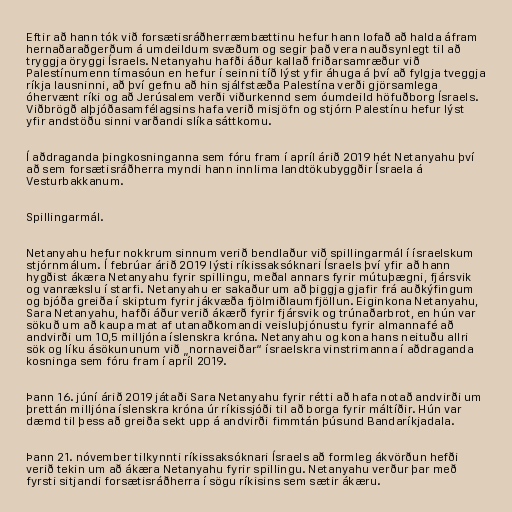
Eftir að hann tók við forsætisráðherræmbættinu hefur hann lofað að halda áfram
hernaðaraðgerðum á umdeildum svæðum og segir það vera nauðsynlegt til að
tryggja öryggi Ísraels. Netanyahu hafði áður kallað friðarsamræður við
Palestínumenn tímasóun en hefur í seinni tíð lýst yfir áhuga á því að fylgja tveggja
ríkja lausninni, að því gefnu að hin sjálfstæða Palestína verði gjörsamlega
óhervænt ríki og að Jerúsalem verði viðurkennd sem óumdeild höfuðborg Ísraels.
Viðbrögð alþjóðasamfélagsins hafa verið misjöfn og stjórn Palestínu hefur lýst
yfir andstöðu sinni varðandi slíka sáttkomu.

Í aðdraganda þingkosninganna sem fóru fram í apríl árið 2019 hét Netanyahu því
að sem forsætisráðherra myndi hann innlima landtökubyggðir Ísraela á
Vesturbakkanum.

Spillingarmál.

Netanyahu hefur nokkrum sinnum verið bendlaður við spillingarmál í ísraelskum
stjórnmálum. Í febrúar árið 2019 lýsti ríkissaksóknari Ísraels því yfir að hann
hygðist ákæra Netanyahu fyrir spillingu, meðal annars fyrir mútu­þægni, fjár­svik
og van­rækslu í starfi. Netanyahu er sakaður um að þiggja gjafir frá auðkýfingum
og bjóða greiða í skiptum fyrir jákvæða fjölmiðlaumfjöllun. Eiginkona Netanyahu,
Sara Netanyahu, hafði áður verið ákærð fyrir fjár­svik og trúnaðar­brot, en hún var
sökuð um að kaupa mat af ut­anaðkom­andi veisluþjón­ustu fyrir almannafé að
andvirði um 10,5 milljóna íslenskra króna. Netanyahu og kona hans neituðu allri
sök og líku ásökununum við „nornaveiðar“ ísraelskra vinstrimanna í aðdraganda
kosninga sem fóru fram í apríl 2019.

Þann 16. júní árið 2019 játaði Sara Netanyahu fyrir rétti að hafa notað andvirði um
þrettán milljóna íslenskra króna úr ríkissjóði til að borga fyrir máltíðir. Hún var
dæmd til þess að greiða sekt upp á andvirði fimmtán þúsund Bandaríkjadala.

Þann 21. nóvember tilkynnti ríkissaksóknari Ísraels að formleg ákvörðun hefði
verið tekin um að ákæra Netanyahu fyrir spillingu. Netanyahu verður þar með
fyrsti sitjandi forsætisráðherra í sögu ríkisins sem sætir ákæru.